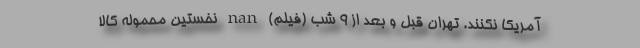
آمریکا نکنند. تهران قبل و بعد از ۹ شب (فیلم) nan نخستين محموله كالا